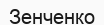
Зенченко